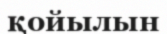
қойылын